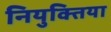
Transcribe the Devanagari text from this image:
नियुक्तिया